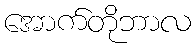
အောက်တိုဘာလ